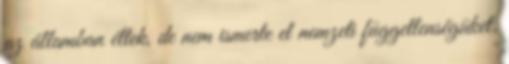
az államban éltek, de nem ismerte el nemzeti függetlenségüket.